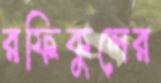
রফিকুলের